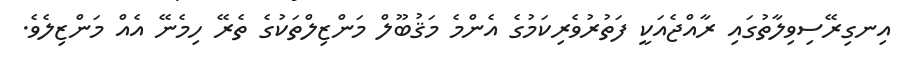
އިނގިރޭސިވިލާތުގައި ރާއްޖެއަކީ ފަތުރުވެރިކަމުގެ އެންމެ މަޤުބޫލް މަންޒިލްތަކުގެ ތެރޭ ހިމެނޭ އެއް މަންޒިލެވެ.